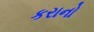
કરાનો